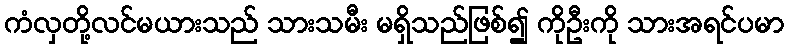
ကံလှတို့လင်မယားသည် သားသမီး မရှိသည်ဖြစ်၍ ကိုဦးကို သားအရင်ပမာ